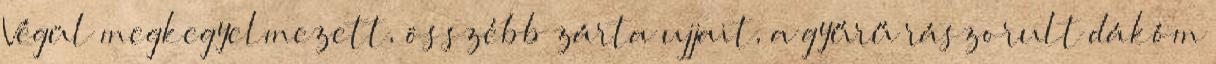
Végül megkegyelmezett, összébb zárta ujjait, a gyűrű rászorult dákóm